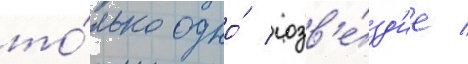
то́лько одно́ созв'е́зд'ие /